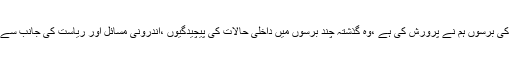
پاکستان کو قانون کی عملداری کے لیےجو بنیادی ڈھانچہ وراثت میں ملااور جس کی برسوں ہم نے پرورش کی ہے ،وہ گذشتہ چند برسوں میں داخلی حالات کی پیچیدگیوں ،اندرونی مسائل اور ریاست کی جانب سے اس نظام میں اصلاحات لانے میں عدمِ دلچسپی کے سبب مسلسل ناکام ہو رہا ہے۔